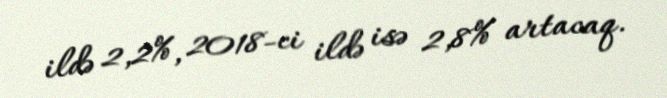
ildə 2,2%, 2018-ci ildə isə 2,8% artacaq.